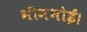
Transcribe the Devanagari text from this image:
भीमभोई।